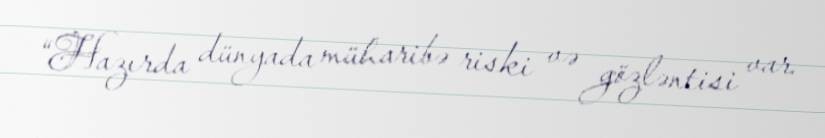
“Hazırda dünyada müharibə riski və gözləntisi var.